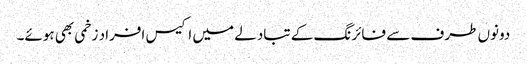
دونوں طرف سے فائرنگ کے تبادلے میں اکیس افراد زخمی بھی ہوئے۔